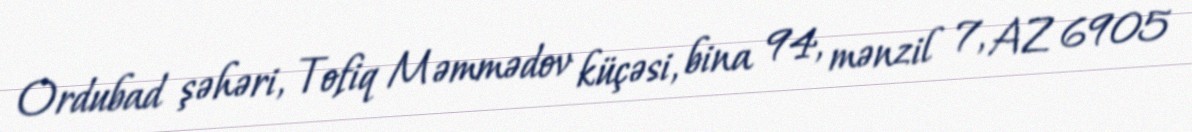
Ordubad şəhəri, Tofiq Məmmədov küçəsi, bina 94, mənzil 7, AZ 6905